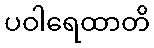
ပဝါရေထာတိ